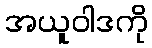
အယူဝါဒကို